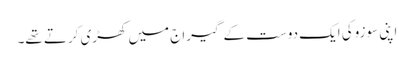
اپنی سوزوکی ایک دوست کے گیراج میں کھڑی کرتے تھے۔